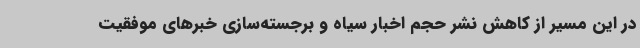
در این مسیر از کاهش نشر حجم اخبار سیاه و برجسته‌سازی خبرهای موفقیت